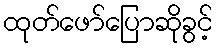
ထုတ်ဖော်ပြောဆိုခွင့်